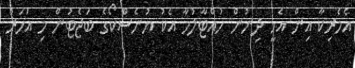
އެމެރިކާ އިން އެހީ ދިނުން ހުއްޓާލުމާ އެކު ޔުނެސްކޯގެ ބަޖެޓުން މި އަހަރު